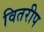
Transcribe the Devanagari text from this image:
वितरीप